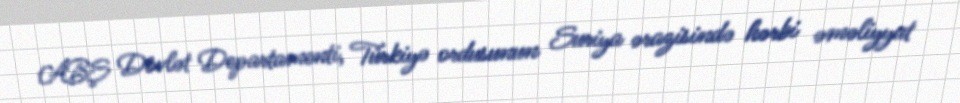
ABŞ Dövlət Departamenti, Türkiyə ordusunun Suriya ərazisində hərbi əməliyyat